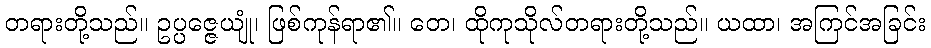
တရားတို့သည်။ ဥပ္ပဇ္ဇေယျုံ၊ ဖြစ်ကုန်ရာ၏။ တေ၊ ထိုကုသိုလ်တရားတို့သည်။ ယထာ၊ အကြင်အခြင်း